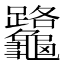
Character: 𪛅